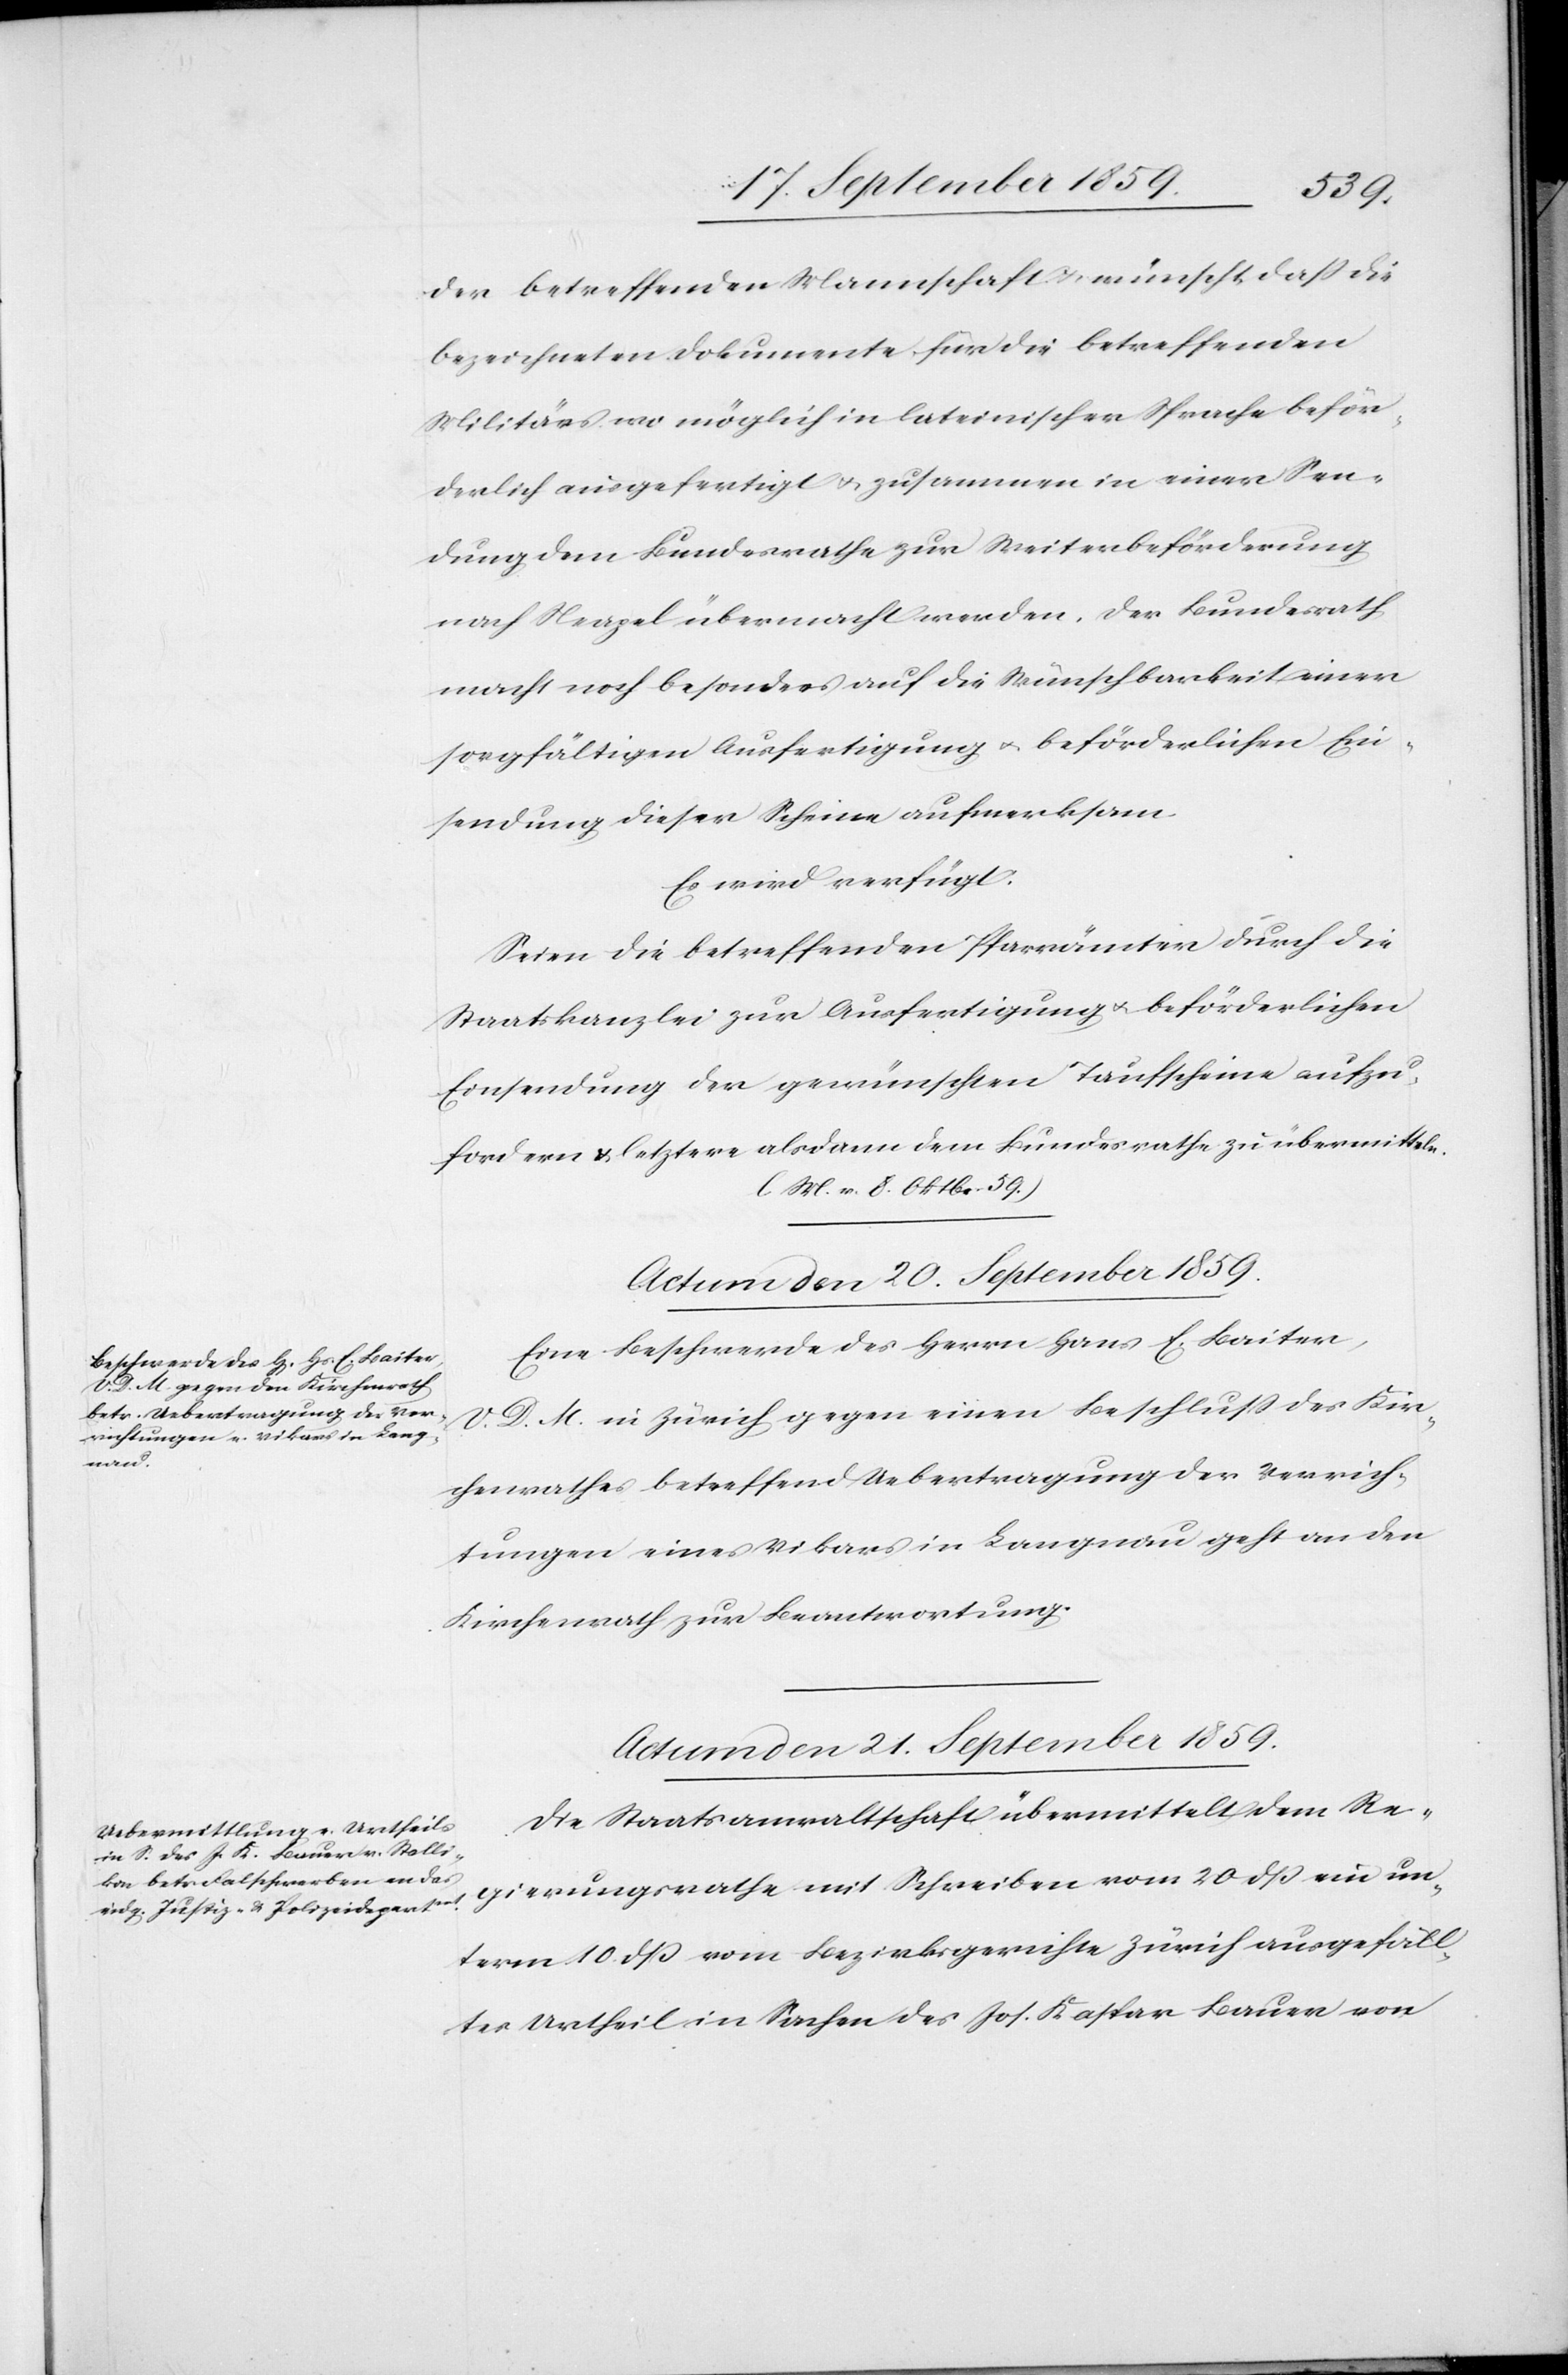
der betreffenden Mannschaft & wünscht daß die
bezeichneten Dokumente für die betreffenden
Militärs wo möglich in lateinischer Sprache beför¬
derlich ausgefertigt & zusammen in einer Sen¬
dung dem Bundesrathe zur Weiterbeförderung
nach Neapel übermacht werden. Der Bundesrath
macht noch besonders auf die Wünschbarkeit einer
sorgfältigen Ausfertigung & beförderlichen Ein¬
sendung dieser Scheine aufmerksam.
Es wird verfügt:
Seien die betreffend Pfarrämter durch die
Staatskanzlei zur Ausfertigung & beförderlichen
Einsendung der gewünschten Taufscheine aufzu¬
fordern & letztere alsdann dem Bundesrathe zu übermitteln.
[(]l. M. v. 8.Oktbr. 59)
Actum den 21. September 1859
Eine Beschwerde des Herrn Hans E. Baiter,
V. D. M. in Zürich gegen einen Beschluß des Kir¬
chenrathes betreffend Uebertragung der Verrich¬
tungen eines Vikars in Langnau geht an den
Kirchenrath zur Beantwortung.
Die Staatsanwaltschaft übermittelt dem Re¬
gierungsrathe mit Schreiben vom 20 dß ein un¬
term 10. dß vom Bezirksgerichte Zürich ausgefäll¬
tes Urtheil in Sachen des Jos. Kaspar Bauer von